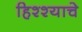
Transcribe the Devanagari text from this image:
हिश्श्याचे